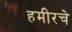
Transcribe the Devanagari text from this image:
हमीरचे